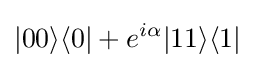
|00\rangle \langle 0|+e^{i\alpha }|11\rangle \langle 1|